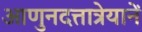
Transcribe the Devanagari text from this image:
आणुनदत्तात्रेयानें